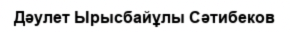
Дәулет Ырысбайұлы Сәтибеков